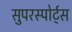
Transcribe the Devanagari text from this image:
सुपरस्पोर्ट्‌स